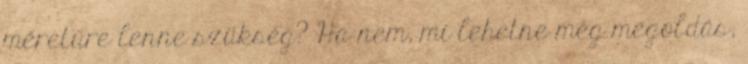
méretűre lenne szükség? Ha nem, mi lehetne még megoldás,